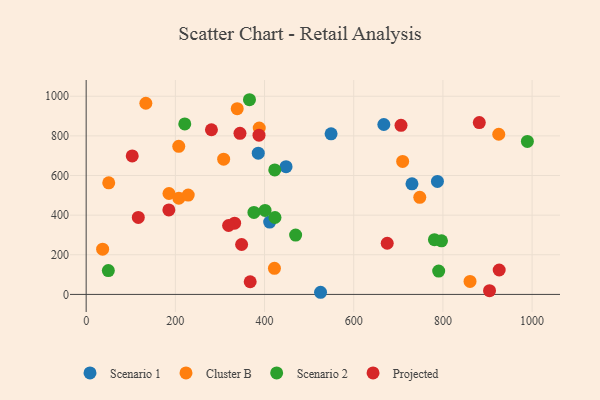
{"axis": {"x": "Ad Spend", "y": "Rating"}, "legend": ["Cluster B", "Projected", "Scenario 1", "Scenario 2"], "data": [{"x": "730.6", "y": 558.1, "type": "Scenario 1"}, {"x": "787.7", "y": 570.1, "type": "Scenario 1"}, {"x": "411.5", "y": 364.9, "type": "Scenario 1"}, {"x": "448.2", "y": 644.4, "type": "Scenario 1"}, {"x": "525.6", "y": 10.8, "type": "Scenario 1"}, {"x": "385.9", "y": 712.7, "type": "Scenario 1"}, {"x": "667.5", "y": 857.4, "type": "Scenario 1"}, {"x": "549.2", "y": 810.3, "type": "Scenario 1"}, {"x": "207.6", "y": 747.4, "type": "Cluster B"}, {"x": "185.7", "y": 509.1, "type": "Cluster B"}, {"x": "338.7", "y": 936.9, "type": "Cluster B"}, {"x": "709.7", "y": 671.2, "type": "Cluster B"}, {"x": "748.1", "y": 489.7, "type": "Cluster B"}, {"x": "925.2", "y": 808.0, "type": "Cluster B"}, {"x": "207.8", "y": 485.6, "type": "Cluster B"}, {"x": "36.9", "y": 228.1, "type": "Cluster B"}, {"x": "860.8", "y": 65.6, "type": "Cluster B"}, {"x": "388.1", "y": 839.6, "type": "Cluster B"}, {"x": "50.6", "y": 563.0, "type": "Cluster B"}, {"x": "228.8", "y": 501.1, "type": "Cluster B"}, {"x": "133.8", "y": 964.4, "type": "Cluster B"}, {"x": "422.2", "y": 131.4, "type": "Cluster B"}, {"x": "308.3", "y": 682.1, "type": "Cluster B"}, {"x": "781.0", "y": 276.1, "type": "Scenario 2"}, {"x": "376.2", "y": 413.9, "type": "Scenario 2"}, {"x": "366.2", "y": 982.3, "type": "Scenario 2"}, {"x": "49.7", "y": 120.3, "type": "Scenario 2"}, {"x": "221.1", "y": 860.0, "type": "Scenario 2"}, {"x": "989.4", "y": 771.7, "type": "Scenario 2"}, {"x": "423.4", "y": 388.1, "type": "Scenario 2"}, {"x": "401.2", "y": 423.8, "type": "Scenario 2"}, {"x": "422.9", "y": 627.9, "type": "Scenario 2"}, {"x": "469.7", "y": 299.6, "type": "Scenario 2"}, {"x": "796.8", "y": 270.4, "type": "Scenario 2"}, {"x": "790.5", "y": 117.8, "type": "Scenario 2"}, {"x": "332.9", "y": 359.6, "type": "Projected"}, {"x": "103.3", "y": 698.5, "type": "Projected"}, {"x": "319.4", "y": 347.7, "type": "Projected"}, {"x": "675.1", "y": 258.2, "type": "Projected"}, {"x": "926.2", "y": 123.1, "type": "Projected"}, {"x": "280.9", "y": 830.7, "type": "Projected"}, {"x": "367.8", "y": 64.0, "type": "Projected"}, {"x": "706.0", "y": 853.0, "type": "Projected"}, {"x": "344.9", "y": 812.7, "type": "Projected"}, {"x": "185.4", "y": 426.1, "type": "Projected"}, {"x": "904.5", "y": 18.9, "type": "Projected"}, {"x": "387.6", "y": 803.2, "type": "Projected"}, {"x": "116.9", "y": 388.3, "type": "Projected"}, {"x": "881.6", "y": 866.9, "type": "Projected"}, {"x": "348.6", "y": 251.9, "type": "Projected"}]}